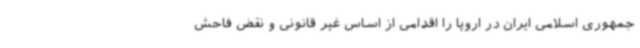
جمهوری اسلامی ایران در اروپا را اقدامی از اساس غیر قانونی و نقض فاحش